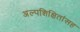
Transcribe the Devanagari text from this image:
अल्पशिक्षितांसह